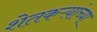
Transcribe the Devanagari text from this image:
शेतकऱ्य़ांच्या